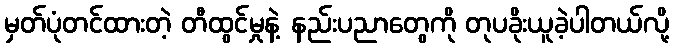
မှတ်ပုံတင်ထားတဲ့ တီထွင်မှုနဲ့ နည်းပညာတွေကို တုပခိုးယူခဲ့ပါတယ်လို့